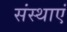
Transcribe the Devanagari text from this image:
संस्थाएं